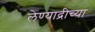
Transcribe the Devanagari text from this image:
लेण्याद्रीच्या